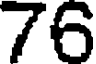
76